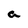
Character: a